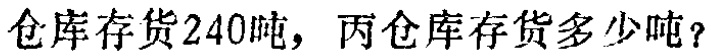
仓库存货240吨，丙仓库存货多少吨？